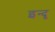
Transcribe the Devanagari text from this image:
इन्‍दू